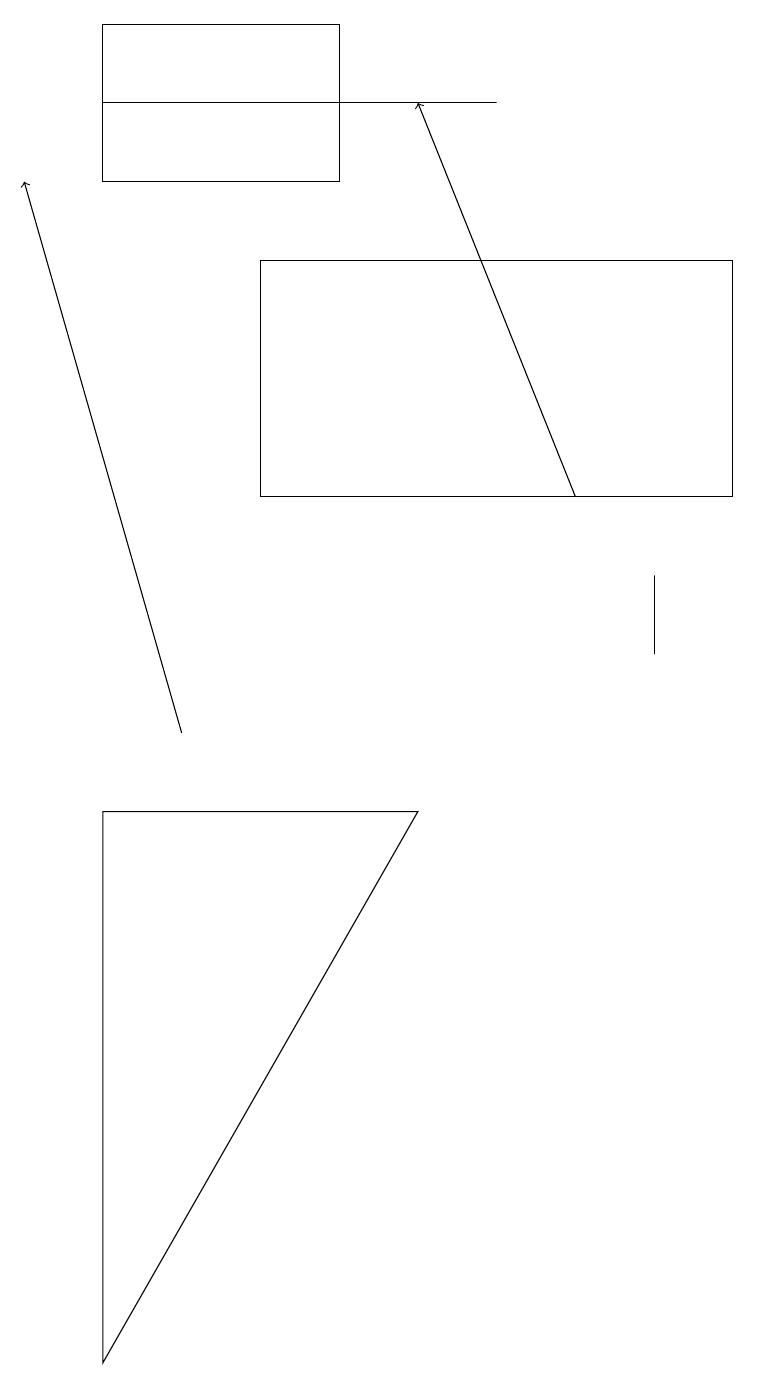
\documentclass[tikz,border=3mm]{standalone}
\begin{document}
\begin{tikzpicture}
\draw (1,19) rectangle (4,17);
\draw[->] (7,13) -- (5,18);
\draw (8,12) rectangle (8,11);
\draw (9,16) rectangle (3,13);
\draw[->] (2,10) -- (0,17);
\draw (6,18) rectangle (1,18);
\draw (5,9) -- (1,2) -- (1,9) -- cycle;
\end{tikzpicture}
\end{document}